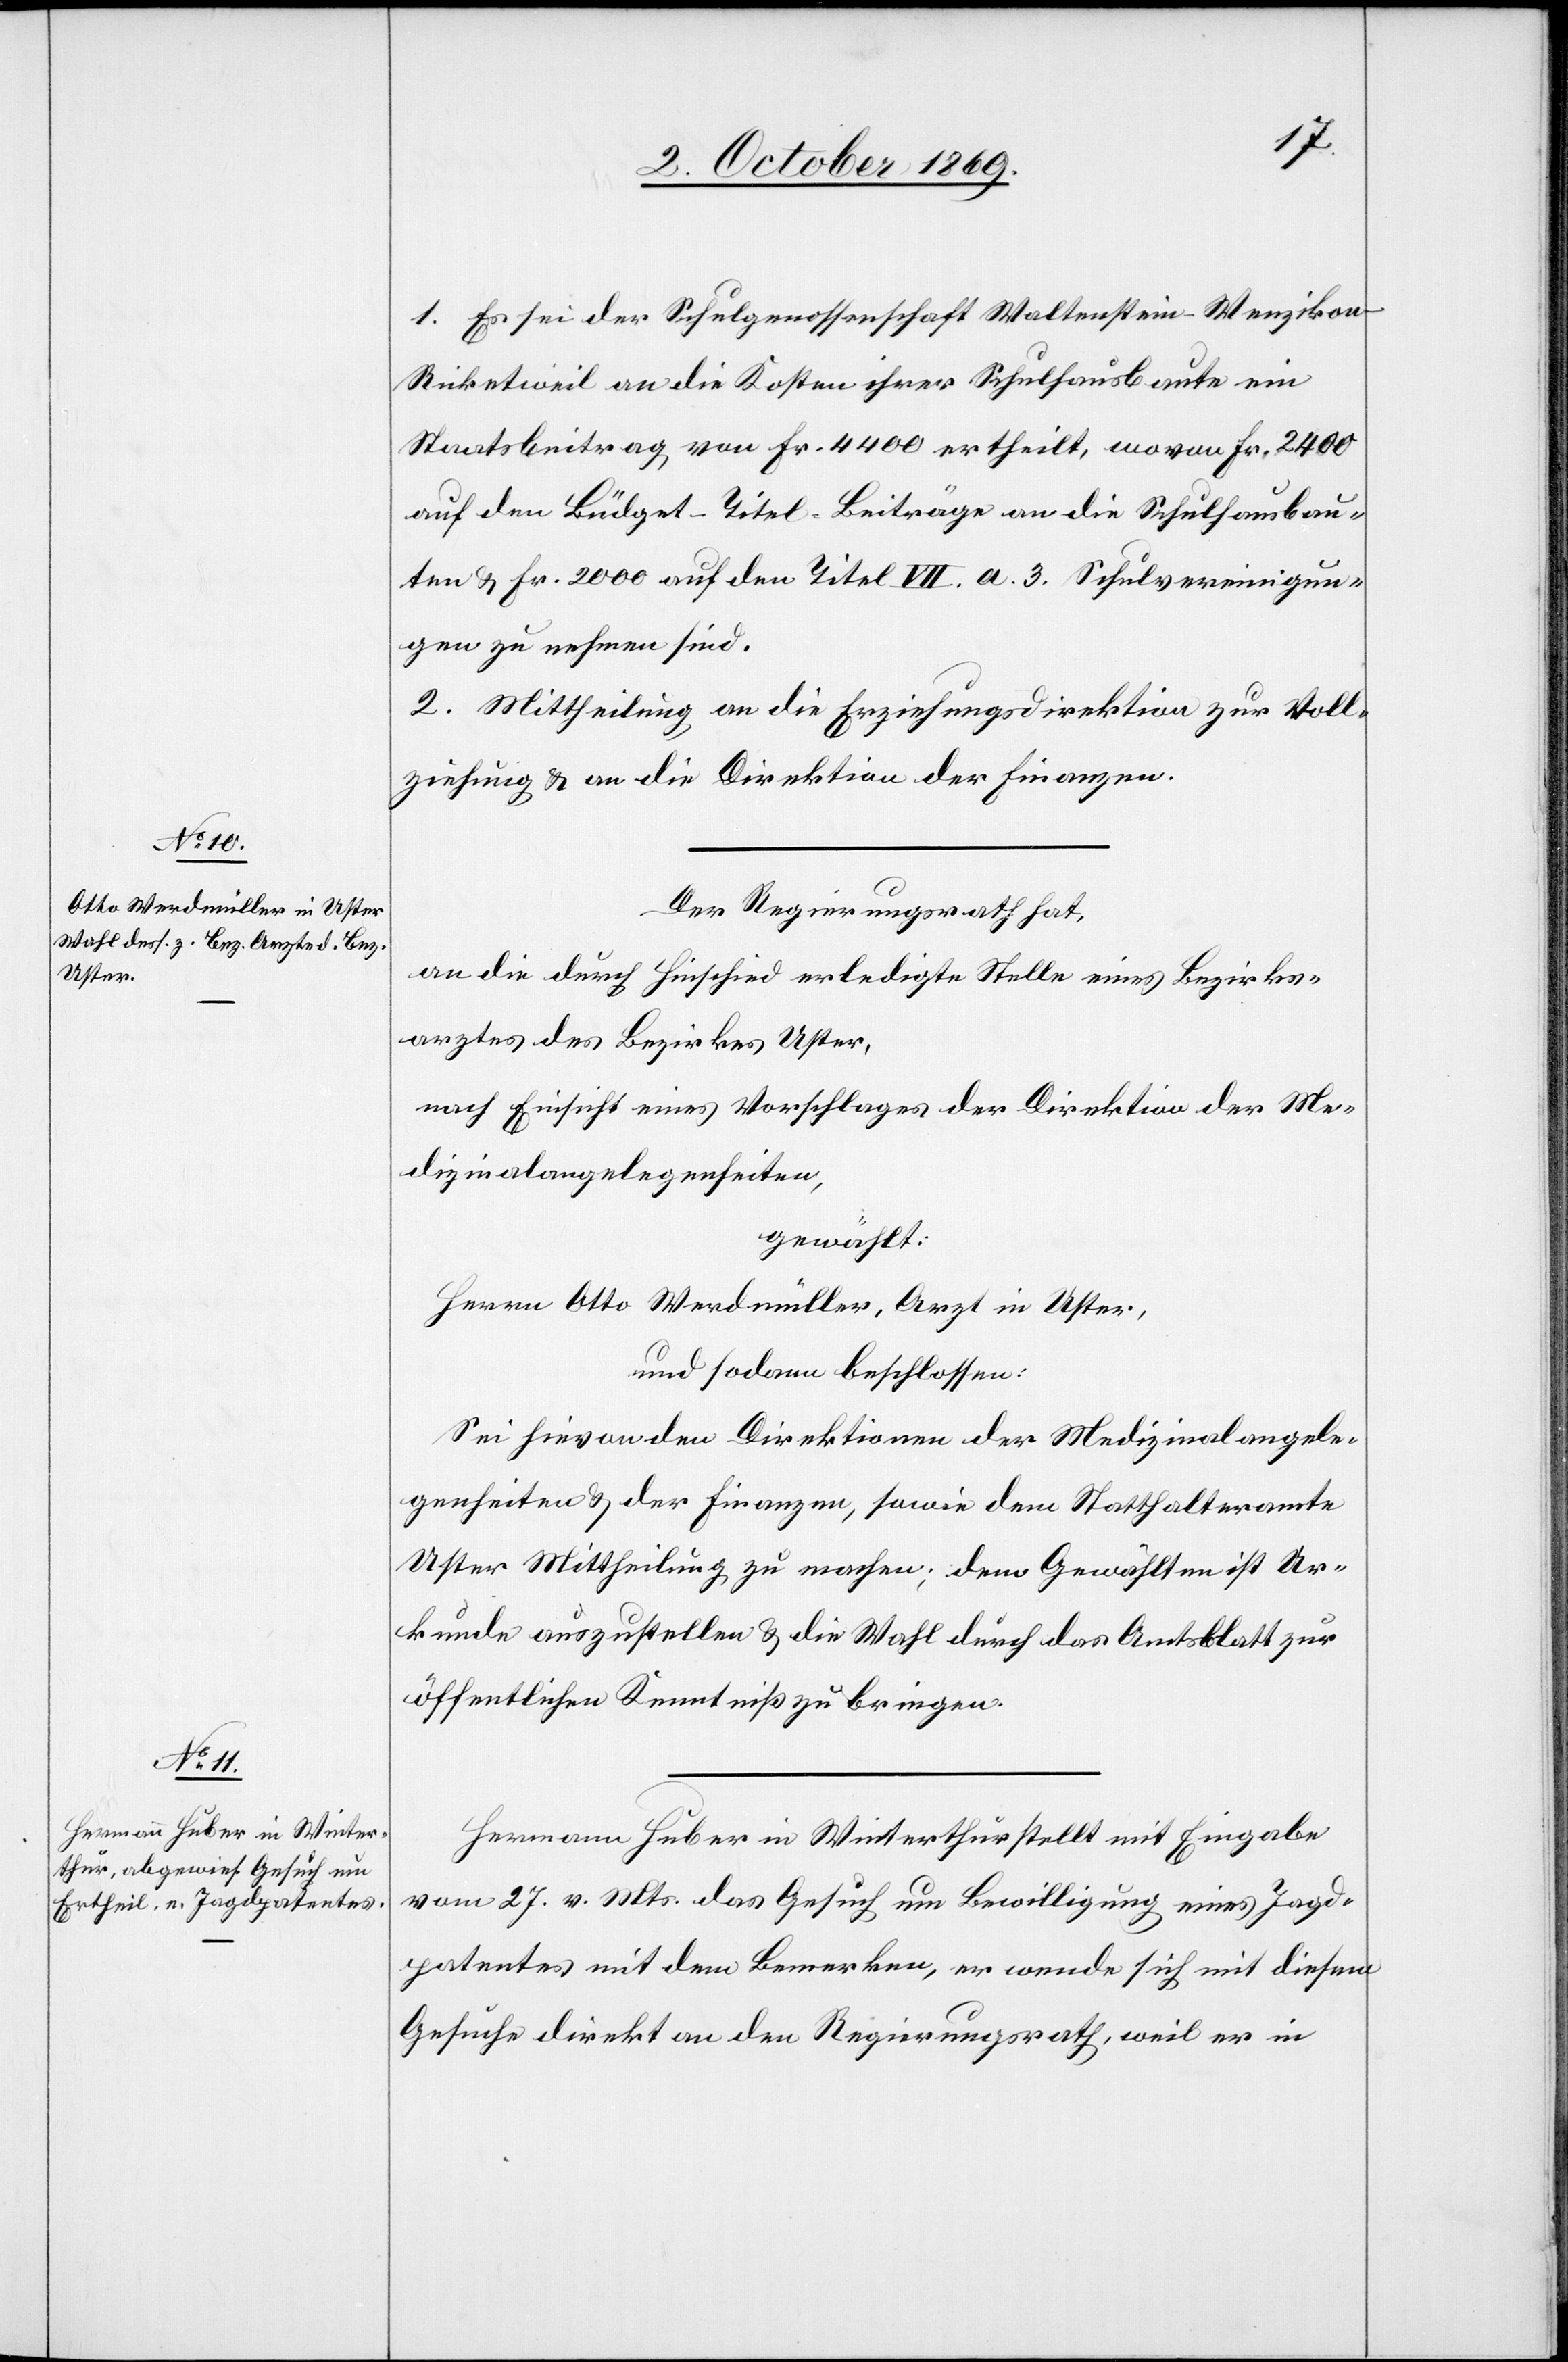
1. Es sei der Schulgenossenschaft Waltenstein – Wenzikon
Ricketweil an die Kosten ihrer Schulhausbaute ein
Staatsbeitrag von Fr. 4400 ertheilt, wovon Fr. 2400
auf den Büdget-Titel Beiträge an die Schulhausbau¬
ten & Fr. 2000 auf den Titel VII. a. 3. Schulvereinigun¬
gen zu nehmen sind.
2. Mittheilung an die Erziehungsdirektion zur Voll¬
ziehung & an die Direktion der Finanzen.
Der Regierungsrath hat,
an die durch Hinschied erledigte Stelle eines Bezirks¬
arztes des Bezirkes Uster,
nach Einsicht eines Vorschlages der Direktion der Me¬
dizinalangelegenheiten,
gewählt:
Herrn Otto Werdmüller, Arzt in Uster,
und sodann beschlossen:
Sei hievon den Direktionen der Medizinalangele¬
genheiten & der Finanzen, sowie dem Statthalteramte
Uster Mittheilung zu machen; dem Gewählten ist Ur¬
kunde auszustellen & die Wahl durch das Amtsblatt zur
öffentlichen Kenntniß zu bringen.
Hermann Huber in Winterthur stellt mit Eingabe
vom 27. v. Mts. das Gesuch um Bewilligung eines Jagd¬
patentes mit dem Bemerken, er wende sich mit diesem
Gesuche direkt an den Regierungsrath, weil er in